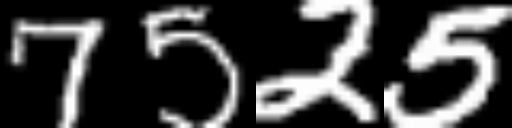
Text: 7525